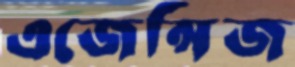
এজেন্সিজ